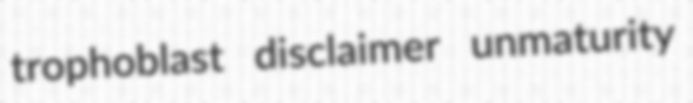
trophoblast disclaimer unmaturity